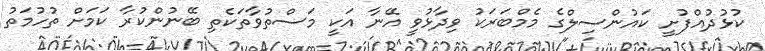
ކުޅުދުއްފުށީ ކައުންސިލްގެ މެމްބަރަކު ވިދާޅުވީ އޭނާ އަކީ މަސްތުވާތަކެތި ބޭނުންކުރާ ކަމަށް ތުހުމަތު